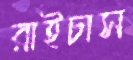
রাইচাস